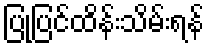
ပြုပြင်ထိန်းသိမ်းရန်